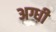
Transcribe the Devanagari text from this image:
अग्धी